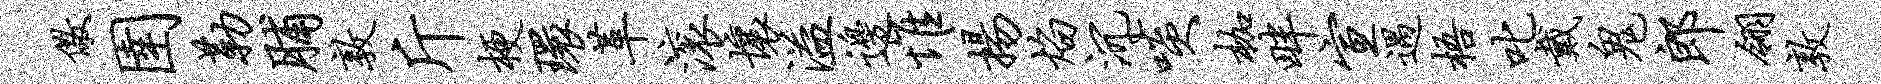
儆圉勒脯敦斤梗环革滚壤溢边惟扬焰沉啖枷畔宣遇梧叱戴鬼郎翎敦